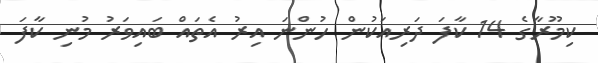
ކިމޫރާގެ 14 ކާފަ ދަރިއަކުން ހުންނަ އިރު އެތައް ބައިވަރު މުނި ކާފަ